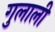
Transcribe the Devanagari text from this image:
गुलाली